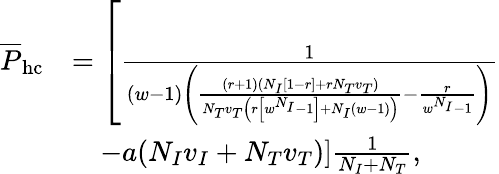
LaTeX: \begin{array}{rl}{\overline{{P}}_{\mathrm{hc}}}&{=\left[\frac{1}{(w-1)\left(\frac{(r+1)(N_{I}[1-r]+rN_{T}v_{T})}{N_{T}v_{T}\left(r\left[w^{N_{I}}-1\right]+N_{I}(w-1)\right)}-\frac{r}{w^{N_{I}}-1}\right)}\right.}\\ &{\quad\left.-a(N_{I}v_{I}+N_{T}v_{T})\right]\frac{1}{N_{I}+N_{T}},}\end{array}